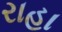
રાહા